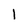
Character: 1